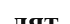
лят